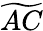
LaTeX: \widetilde{AC}